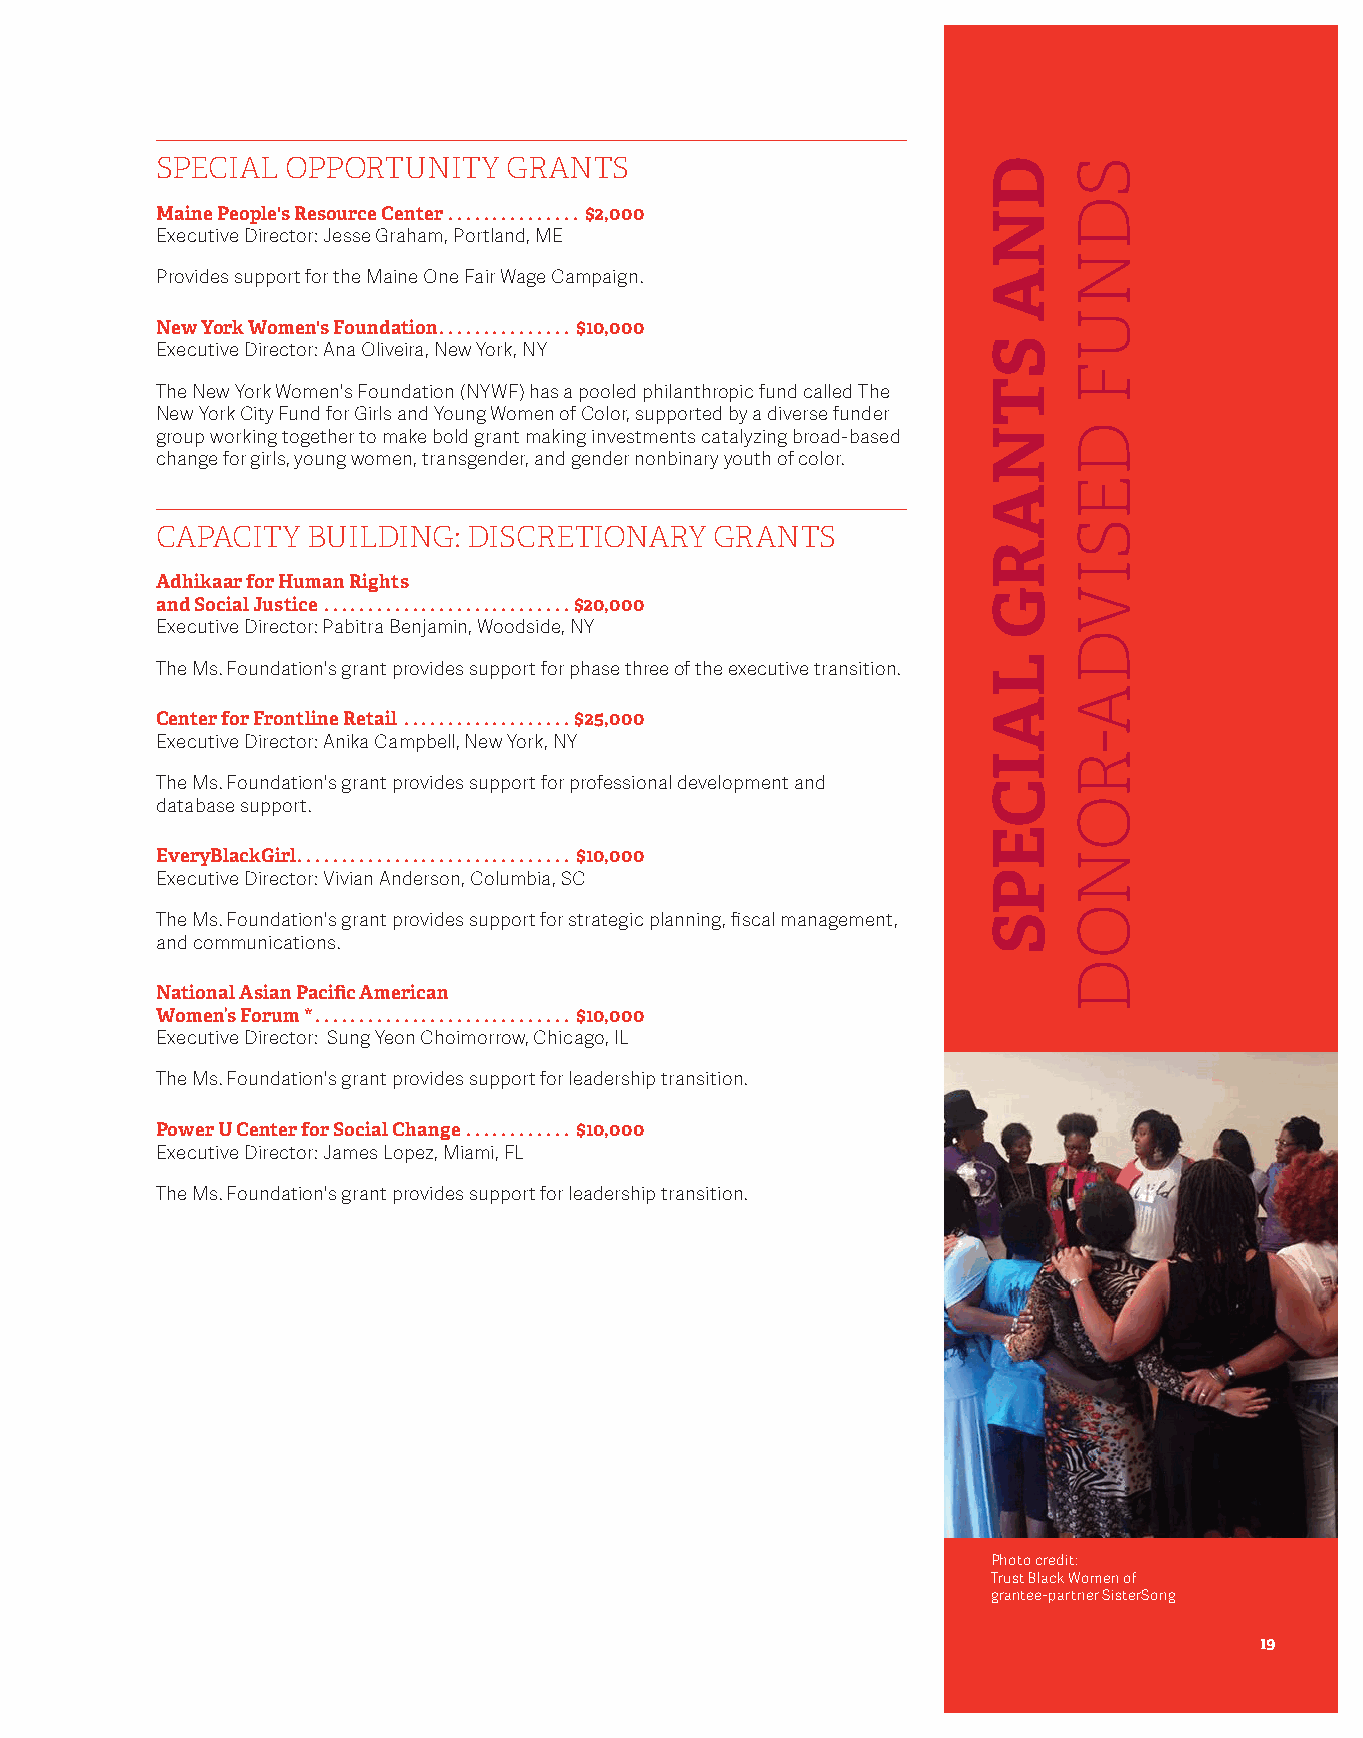
SPECIAL  OPPORTUNITY    GRANTS
 Maine People's Resource Center ............... $2,000
 Executive Director: Jesse Graham, Portland, ME
 Provides support for the Maine One Fair Wage Campaign .
 New York Women's Foundation ............... $10,000
 Executive Director: Ana Oliveira, New York, NY
 The New York Women's Foundation (NYWF) has a pooled philanthropic fund called The
 New York City Fund for Girls and Young Women of Color, supported by a diverse funder
 group working together to make bold grant making investments catalyzing broad-based
 change for girls, young women, transgender, and gender nonbinary youth of color .
 CAPACITY  BUILDING:  DISCRETIONARY   GRANTS
 Adhikaar for Human Rights
 and Social Justice ............................$20,000
 Executive Director: Pabitra Benjamin, Woodside, NY
 The Ms . Foundation's grant provides support for phase three of the executive transition .
 Center for Frontline Retail ...................$25,000
 Executive Director: Anika Campbell, New York, NY
 The Ms . Foundation's grant provides support for professional development and
 database support .
 EveryBlackGirl ............................... $10,000
 Executive Director: Vivian Anderson, Columbia, SC
 The Ms . Foundation's grant provides support for strategic planning, fiscal management,
 and communications .
 National Asian Pacific American
 Women’s Forum * ............................. $10,000
 Executive Director: Sung Yeon Choimorrow, Chicago, IL
 The Ms . Foundation's grant provides support for leadership transition .
 Power U Center for Social Change ............ $10,000
 Executive Director: James Lopez, Miami, FL
 The Ms . Foundation's grant provides support for leadership transition .
 Photo credit:
 Trust Black Women of
 grantee-partner SisterSong
 19
 DNA
 STNARG
 LAICEPS
 SDNUF
 DESIVDA-RONOD